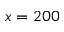
x = 2 0 0